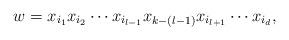
LaTeX: \begin{align*}w=x_{i_1}x_{i_2} \cdots x_{{i_{l-1}}} x_{k-(l-1)} x_{{i_{l+1}}}\cdots x_{{i_d}},\end{align*}